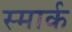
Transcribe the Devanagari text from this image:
स्मार्क